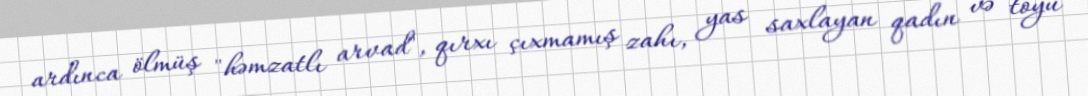
ardınca ölmüş "həmzatlı arvad", qırxı çıxmamış zahı, yas saxlayan qadın və toyu